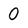
Character: 0